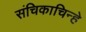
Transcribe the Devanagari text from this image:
संचिकाचिन्हे